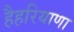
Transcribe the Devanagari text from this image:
हैहरियाणा